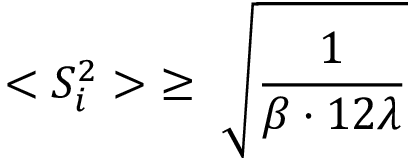
< S _ { i } ^ { 2 } > \; \ge \; { \sqrt \frac { 1 } { \beta \cdot 1 2 \lambda } }